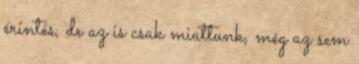
érintés, de az is csak miattunk, még az sem